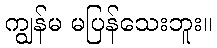
ကျွန်မ မပြန်သေးဘူး။